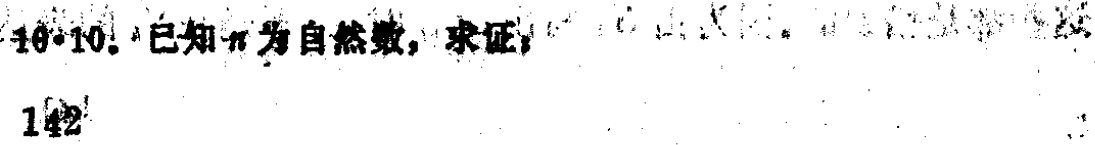
已知\(n\)为自然数，求证：
142